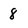
Character: 8